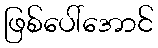
ဖြစ်ပေါ်အောင်